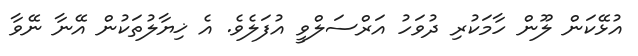
އުޅޭކަން ލޫން ހާމަކުރި ދުވަހު އަރްސަލްވީ އުފަލެވެ. އެ ޚިޔާލުތަކުން އޭނާ ނޭވާ